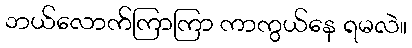
ဘယ်လောက်ကြာကြာ ကာကွယ်နေ ရမလဲ။